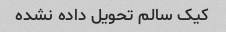
کیک سالم تحویل داده نشده